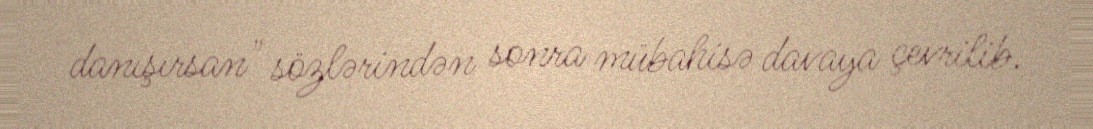
danışırsan" sözlərindən sonra mübahisə davaya çevrilib.